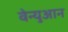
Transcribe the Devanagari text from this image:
वेन्युआन